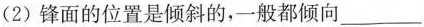
(2)锋面的位置是倾斜的，一般都倾向___